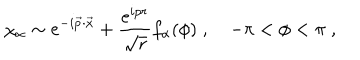
LaTeX: \chi _ { \alpha } \sim e ^ { - i \vec { p } \cdot \vec { x } } + { \frac { e ^ { i p r } } { \sqrt { r } } } f _ { \alpha } ( \phi ) \; , \quad - \pi < \phi < \pi \; ,